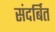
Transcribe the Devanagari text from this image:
संदर्बित